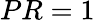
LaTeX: PR=1